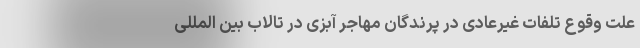
علت وقوع تلفات غیرعادی در پرندگان مهاجر آبزی در تالاب بین المللی